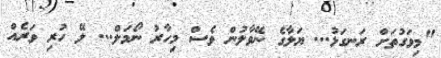
"މިވަގުތަށް ރަނގަޅު... ޔަލާގެ ނޭވާލުން ވެސް މިހާރު ނޯމަލް... ލޭ ހުރި ވަރެއް